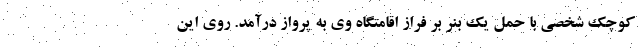
کوچک شخصی با حمل یک بنر بر فراز اقامتگاه وی به پرواز درآمد. روی این